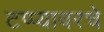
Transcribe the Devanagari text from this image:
टप्प्यावरचे